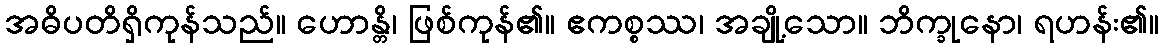
အဓိပတိရှိကုန်သည်။ ဟောန္တိ၊ ဖြစ်ကုန်၏။ ဧကစ္စဿ၊ အချို့သော။ ဘိက္ခုနော၊ ရဟန်း၏။